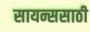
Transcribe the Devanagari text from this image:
सायन्ससाठी